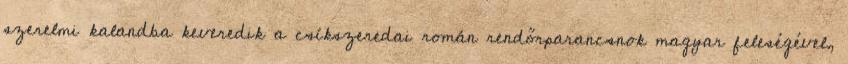
szerelmi kalandba keveredik a csíkszeredai román rendőrparancsnok magyar feleségével,